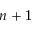
n + 1